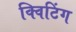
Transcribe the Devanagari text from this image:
क्विटिंग